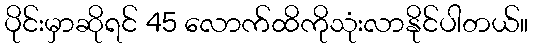
ပိုင်းမှာဆိုရင် 45 လောက်ထိကိုသုံးလာနိုင်ပါတယ်။